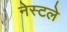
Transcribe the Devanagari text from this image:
नेस्टले